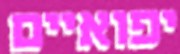
יפואיים